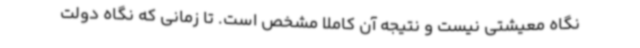
نگاه معیشتی نیست و نتیجه آن کاملا مشخص است. تا زمانی که نگاه دولت